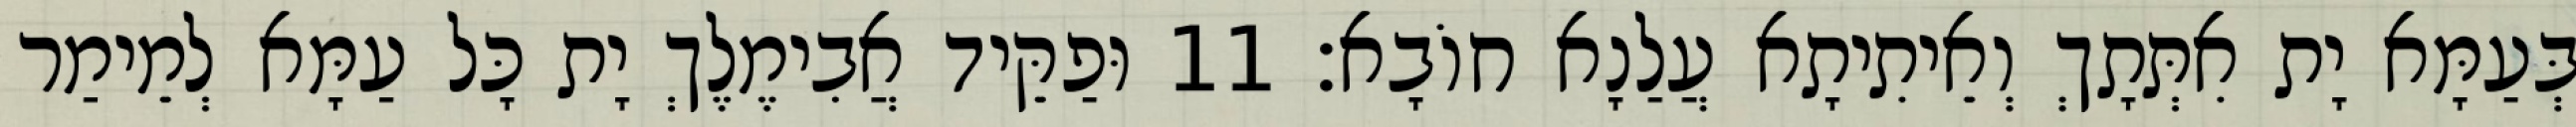
בְּעַמָּא יָת אִתְּתָךְ וְאֵיתִיתָא עֲלַנָא חוֹבָא׃ 11 וּפַקֵּיד אֲבִימֶלֶךְ יָת כָּל עַמָּא לְמֵימַר